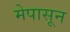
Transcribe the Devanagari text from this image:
मेपासून